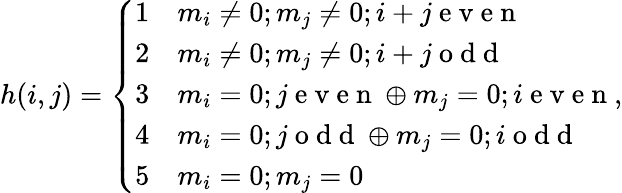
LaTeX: h(i,j)=\left\{ \begin{array}{ll}{1}&{m_{i}\neq 0;m_{j}\neq 0;i+j\mathrm{~e~v~e~n~}}\\ {2}&{m_{i}\neq 0;m_{j}\neq 0;i+j\mathrm{~o~d~d~}}\\ {3}&{m_{i}=0;j\mathrm{~e~v~e~n~}\oplus m_{j}=0;i\mathrm{~e~v~e~n~}}\\ {4}&{m_{i}=0;j\mathrm{~o~d~d~}\oplus m_{j}=0;i\mathrm{~o~d~d~}}\\ {5}&{m_{i}=0;m_{j}=0}\end{array}\right.,